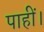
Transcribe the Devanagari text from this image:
पाहीं।